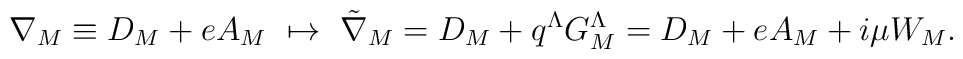
\nabla _M \equiv { D}_M + e A_M \ \mapsto \  {\tilde \nabla}_M ={ D}_M + q^{\Lambda} G_M ^{\Lambda}= {D}_M +eA_M +i\mu  W_M.